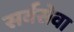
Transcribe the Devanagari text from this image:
सर्वसेवा